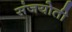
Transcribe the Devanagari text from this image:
संजयोती